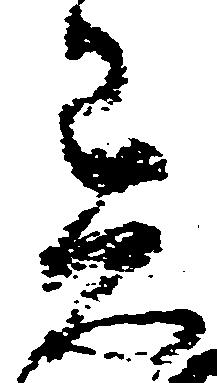
異